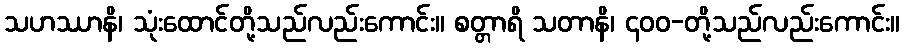
သဟဿာနိ၊ သုံးထောင်တို့သည်လည်းကောင်း။ စတ္တာရိ သတာနိ၊ ၄၀၀-တို့သည်လည်းကောင်း။